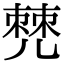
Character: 𠒧